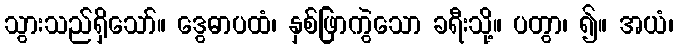
သွားသည်ရှိသော်။ ဒွေဓာပထံ၊ နှစ်ဖြာကွဲသော ခရီးသို့။ ပတွာ၊ ၍။ အယံ၊